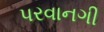
પરવાનગી